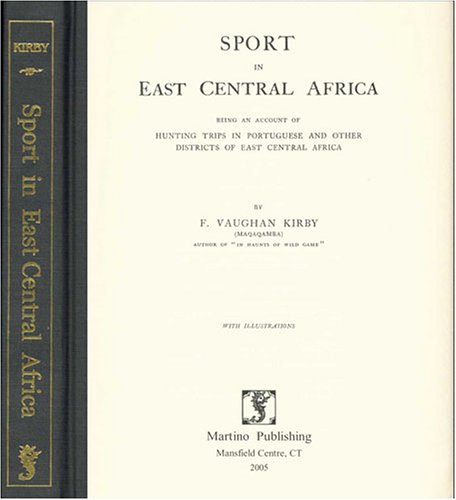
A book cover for Sport In East Central Africa: Being An Account Of Hunting Trips In Portuguese And Other Districts Of East Central Africa; F. Vaughan Kirby; Travel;